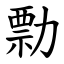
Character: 勡